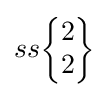
ss{\begin{Bmatrix}2\\2\end{Bmatrix}}